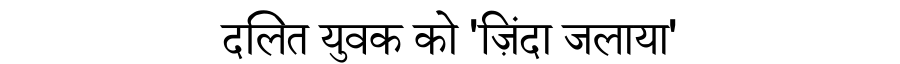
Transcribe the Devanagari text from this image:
दलित युवक को 'ज़िंदा जलाया'